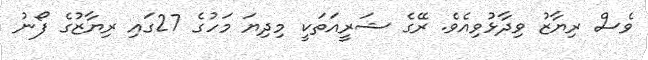
ވެސް ރިޔާޒު ވިދާޅުވިއެވެ. ރޭގެ ޝަރީއަތަކީ މިދިޔަ މަހުގެ 27ގައި ރިޔާޒުގެ ފޯނު